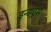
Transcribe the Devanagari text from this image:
इन्ड्यूस